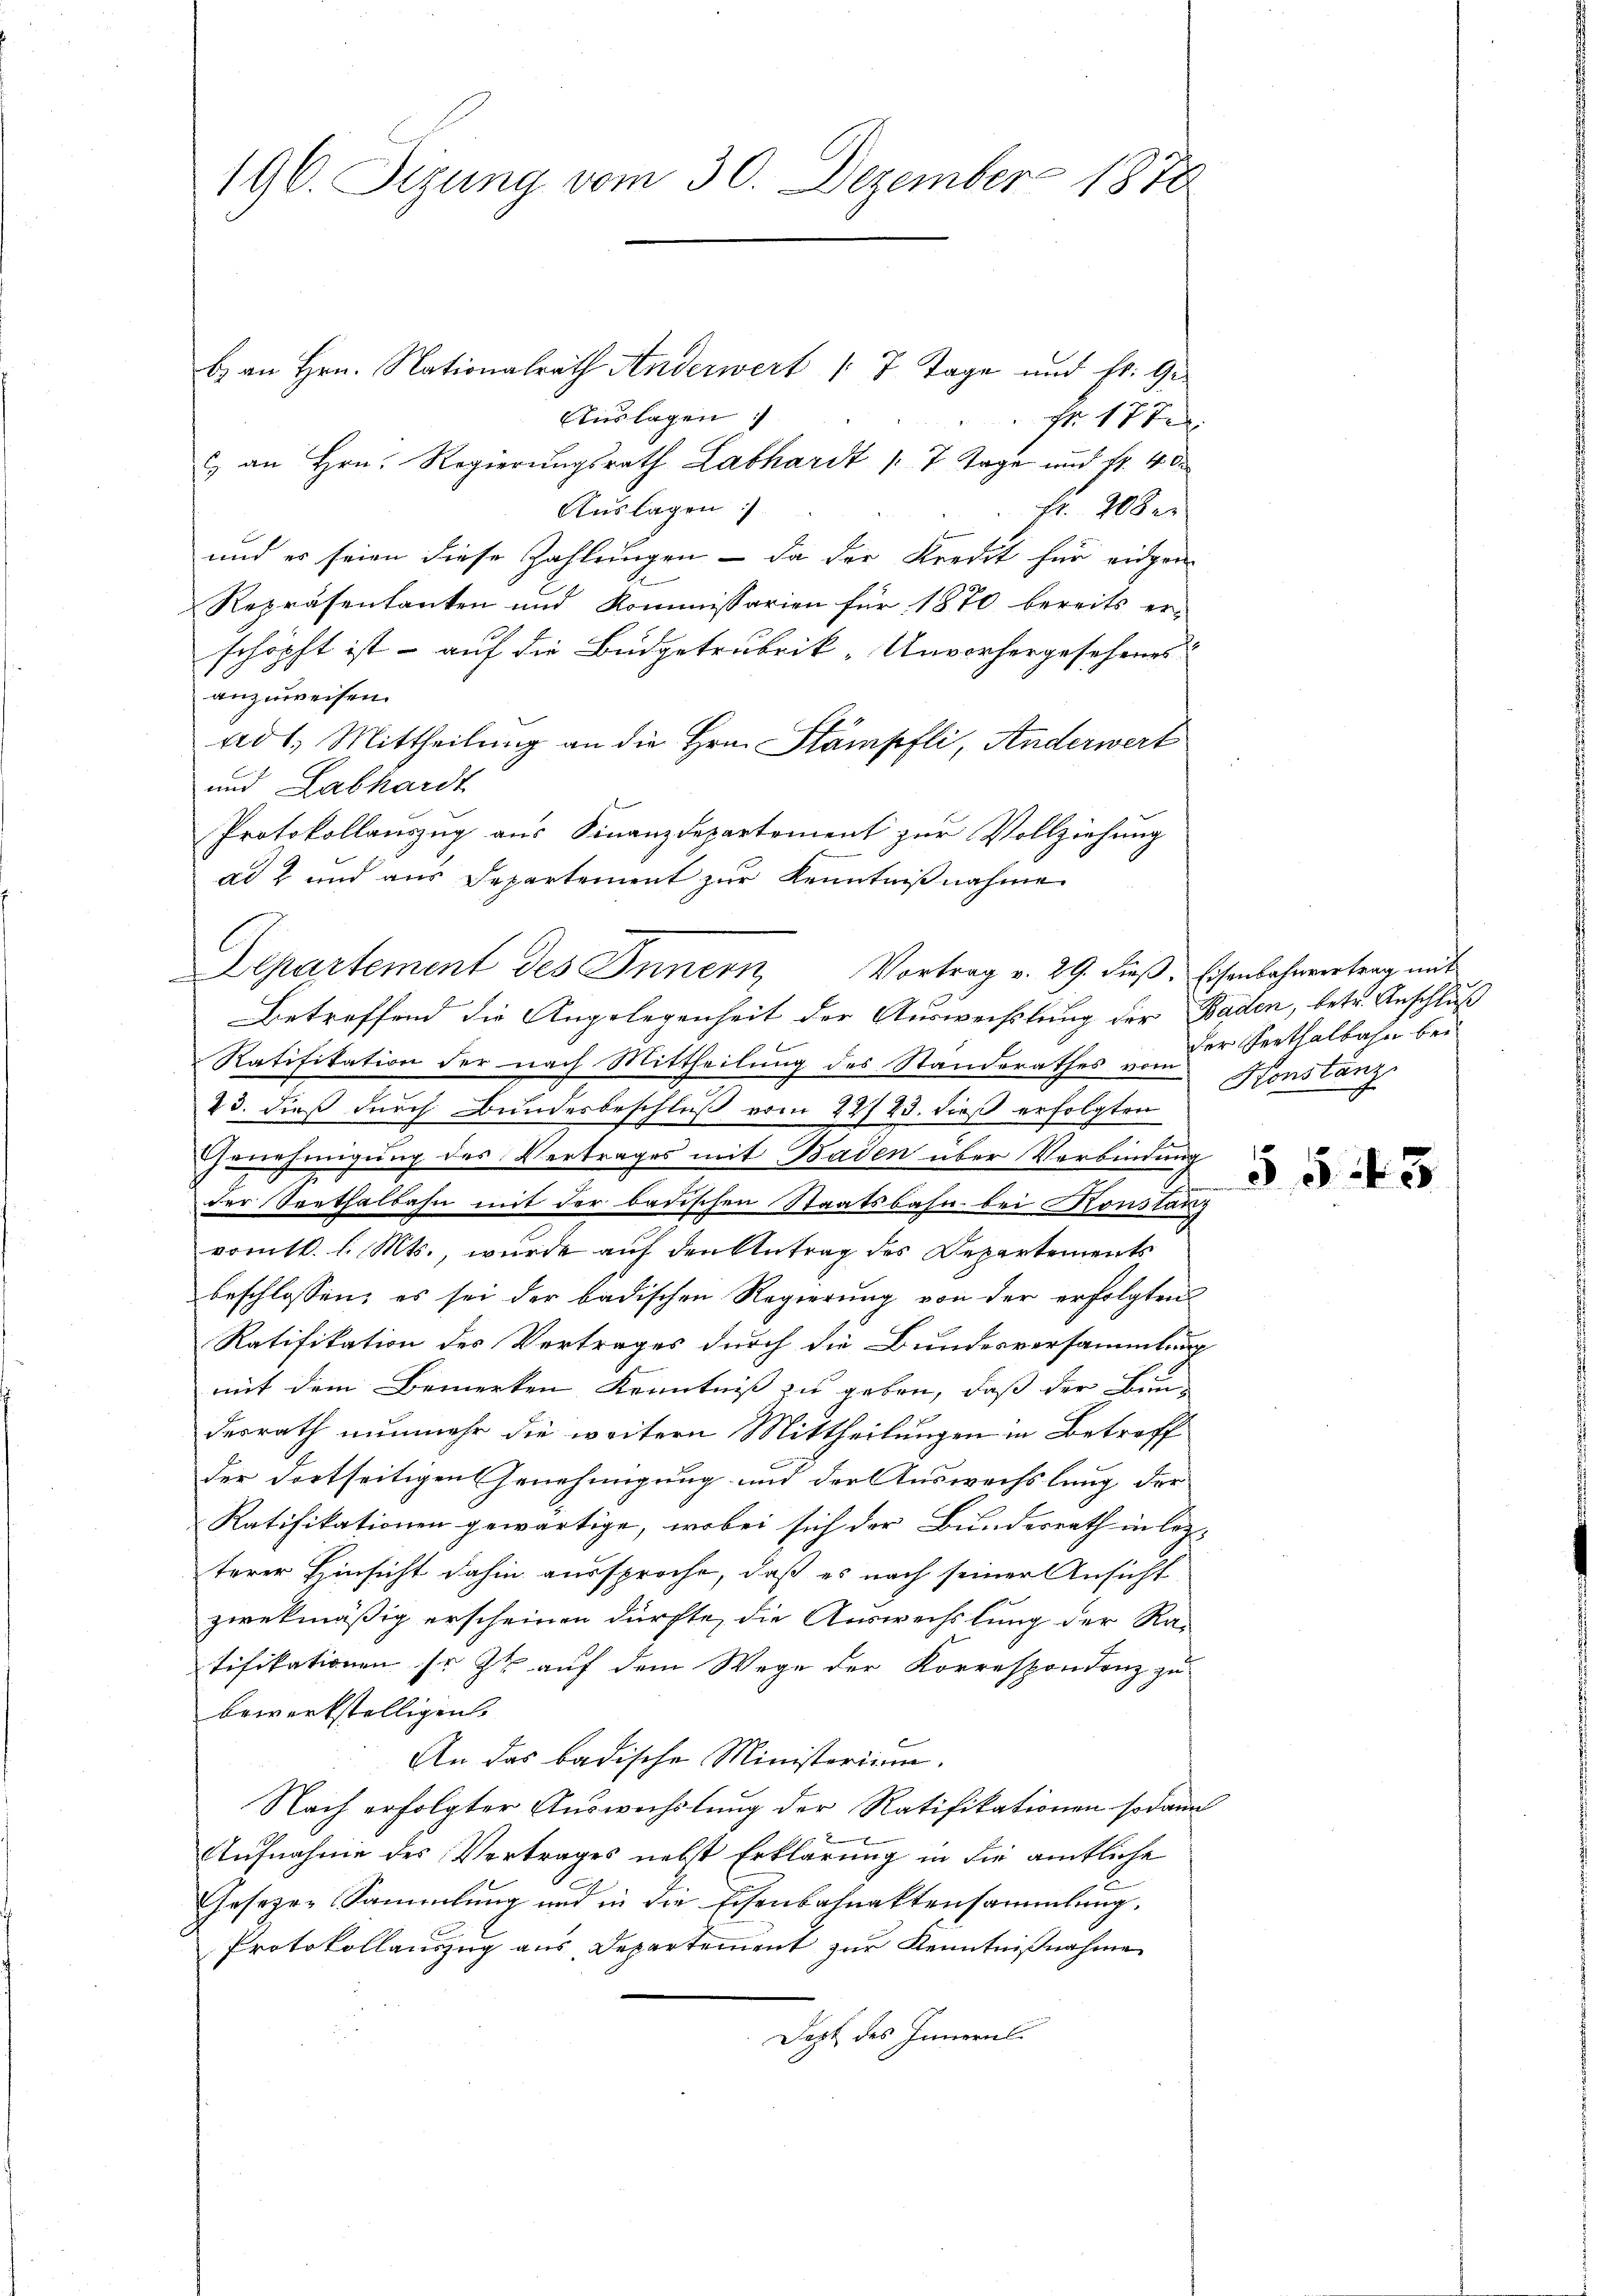
196. Sizung vom 30. Dezember 1870

b. an Hrn. Nationalrath Anderwert ( 7 Tage und Fr. Ge¬
Auslagen :/
Fr. 177
) an Hrn. Regierungsrath Labhardt /: 7 Tage und fr. 4 d
Auslagen
Fr. 208 er
und es seien diese Zahlungen – da der Kredit für eidgen
Repräsentanten und Kommissarien für 1870 bereits er-
schöpft ist - auf die Büdgetrubrik „Unvorhergesehenes
anzuweisen.
ad 1. Mittheilung an die Hrn. Stämpfli, Anderwert
und Labhardt
Protokollauszug aus Finanzdepartement zur Vollziehung
al 2 und aus Departement zur Kenntnißnahme
Betreffend die Angelegenheit der Ausweistung der Baden, betr. Anschluß
Ratifikation der nach Mittheilung des Standerathes vom
23. dieß durch Bundesbeschluß vom 22723. dieß erfolgten
Genehmigung des Vertrages mit Baden über Verbindung
der Sorthalbahn mit der badischen Staatsbahn bei Konstanz
vom 16. l. Mts., wurde auf den Antrag des Departements
beschlossen; es sei der badischen Regierung von der erfolgten
Ratifikation des Vertrages durch die Bundesversammlung
mit dem Bemerken Kenntniß zu geben, daß der Bun
derrath nunmehr die weitern Mittheilungen in Betreff
der dortseitigen Genehmigung und der Auswechslung der |
Ratifikationen gewärtige, wobei sich der Bundesrath in los-
terer Hinsicht dahin aussproche, daß es nach seiner Ansicht
zwekmäßig erscheinen dürfte, die Auswechslung der Ra-
tifikationen so zu auf dem Wege der Korrespondenz zu
bewerkstelligen.
An das badische Ministerium.
Nach erfolgter Auswechslung der Ratifikationen sodann
Aufnahme des Vertrages nebst Erklärung in die amtliche
Gesezen Sammlung und in die Eisenbahnaktensammlung.
Protokollauszug aus Departement zur Kenntnißnahme
Dezt des Innern

Departement des Innern Vortrag v. 29. dieβ, Eisenbahnvertrag mit

der Seethalbahn bei
Honstanz

553